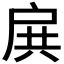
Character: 𢩉